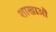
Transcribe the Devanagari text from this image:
शाखाऔं